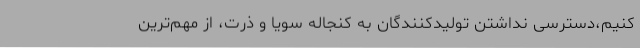
کنیم،دسترسی نداشتن تولیدکنندگان به کنجاله سویا و ذرت، از مهم‌ترین